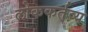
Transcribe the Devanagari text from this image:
लोककर्तव्य